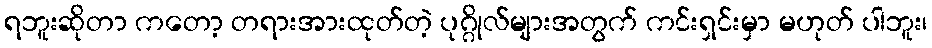
ရဘူးဆိုတာ ကတော့ တရားအားထုတ်တဲ့ ပုဂ္ဂိုလ်များအတွက် ကင်းရှင်းမှာ မဟုတ် ပါဘူး၊